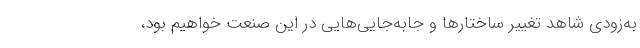
به‌زودی شاهد تغییر ساختار‌ها و جابه‌جایی‌هایی در این صنعت خواهیم بود،